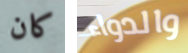
كان والدواء